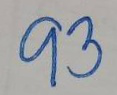
93